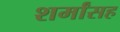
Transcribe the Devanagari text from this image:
शर्मांसह